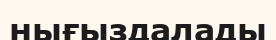
нығыздалады